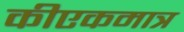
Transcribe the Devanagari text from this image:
कीएकमात्र